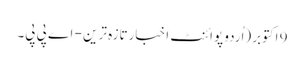
9 اکتوبر (اُردو پوائنٹ اخبارتازہ ترین - اے پی پی۔